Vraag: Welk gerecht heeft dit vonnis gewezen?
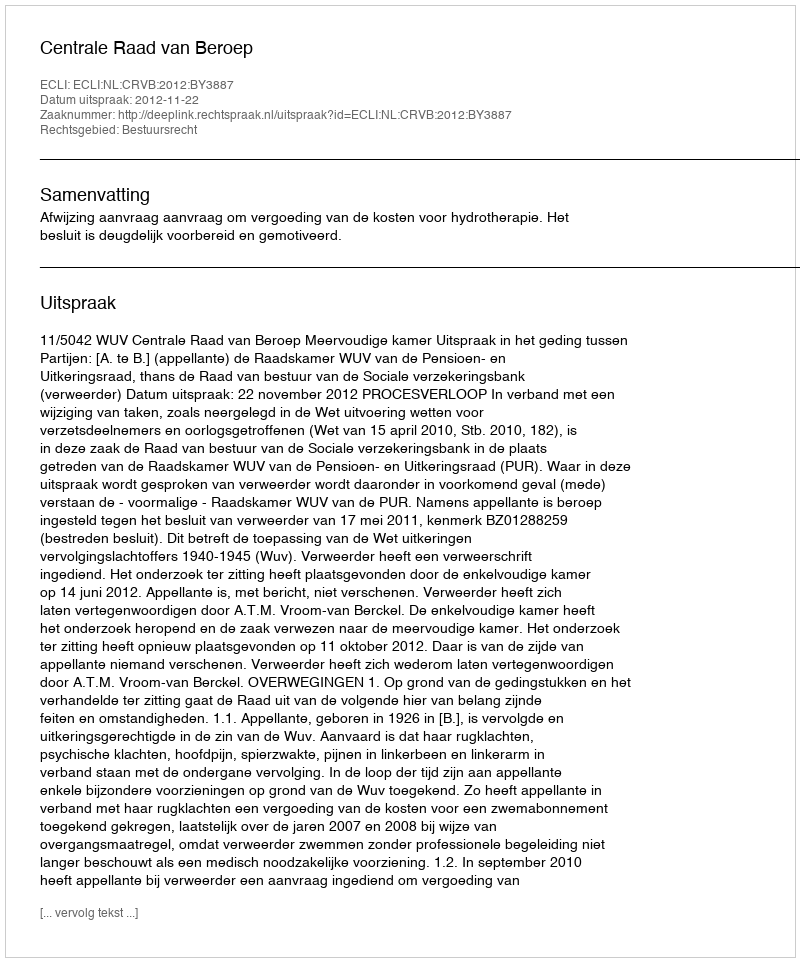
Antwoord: Centrale Raad van Beroep